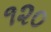
૧૨૦